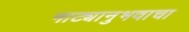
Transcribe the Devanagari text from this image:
नाट्यानुभवाचा